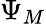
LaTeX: \Psi_{M}